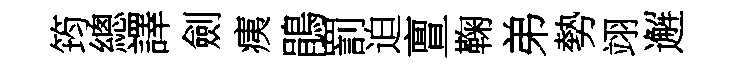
筠總譯劍痍鵑罰迫亶鞠弟勢翊邂